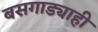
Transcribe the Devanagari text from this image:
बसगाड्याही